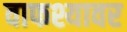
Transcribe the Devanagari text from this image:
वाफश्यावर